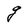
Character: g